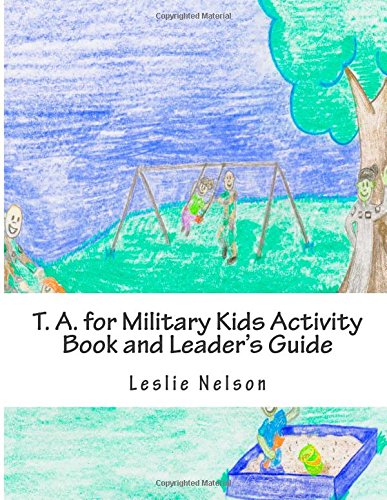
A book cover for T. A. for Military Kids Activity Book and Leader's Guide: Resurces for Parents and Group Leaders to Help Military Kids Understand Their Feelings; Leslie Nelson M.Ed.; Parenting & Relationships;